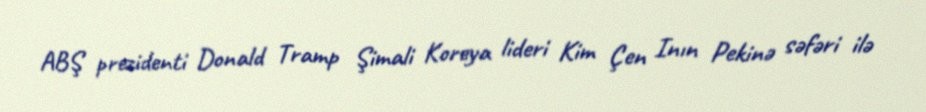
ABŞ prezidenti Donald Tramp Şimali Koreya lideri Kim Çen Inın Pekinə səfəri ilə